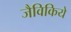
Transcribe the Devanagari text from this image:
जैविकिये